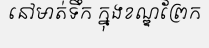
នៅមាត់ទឹក ក្នុងខណ្ឌព្រែក